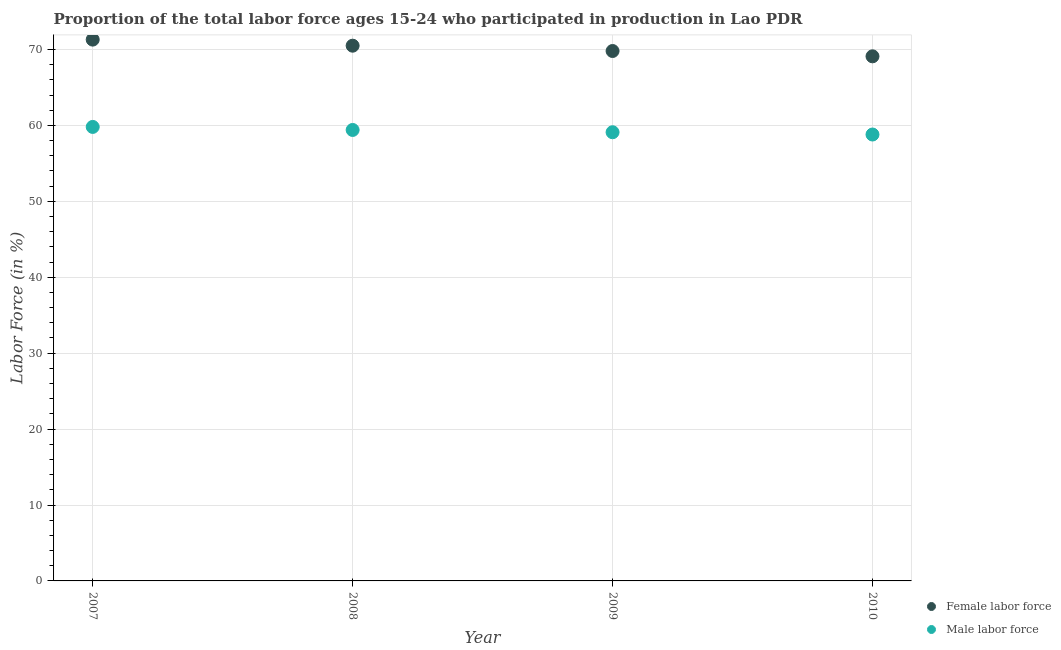
| Year | Female labor force | Male labor force |
 | --- | --- | --- |
 | 2007 | 71.3 | 59.8 |
 | 2008 | 70.5 | 59.4 |
 | 2009 | 69.8 | 59.1 |
 | 2010 | 69.1 | 58.8 |